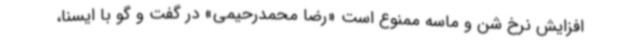
افزایش نرخ شن و ماسه ممنوع است «رضا محمدرحیمی» در گفت و گو با ایسنا،